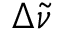
\Delta { \tilde { \nu } }